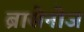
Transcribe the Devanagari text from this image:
ब्रासेनोज